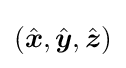
({\hat {\boldsymbol {x}}},{\hat {\boldsymbol {y}}},{\hat {\boldsymbol {z}}})